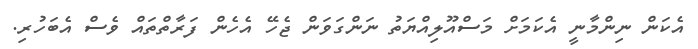
އެކަން ނިންމާނީ އެކަމަށް މަސްއޫލިއްޔަތު ނަންގަވަން ޖެހޭ އެހެން ފަރާތްތައް ވެސް އެބަހުރި.